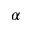
\alpha